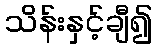
သိန်းနှင့်ချီ၍